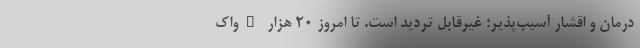
درمان و اقشار آسیب‌پذیر؛ غیرقابل تردید است. تا امروز ۲۰ هزار #واک